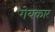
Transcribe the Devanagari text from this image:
गेयकार